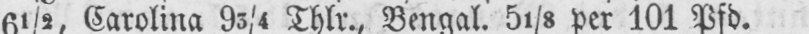
6½, Carolina 93/4 Thlr., Bengal. 51/8 per 101 Pfd.